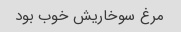
مرغ سوخاریش خوب بود